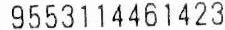
9553114461423